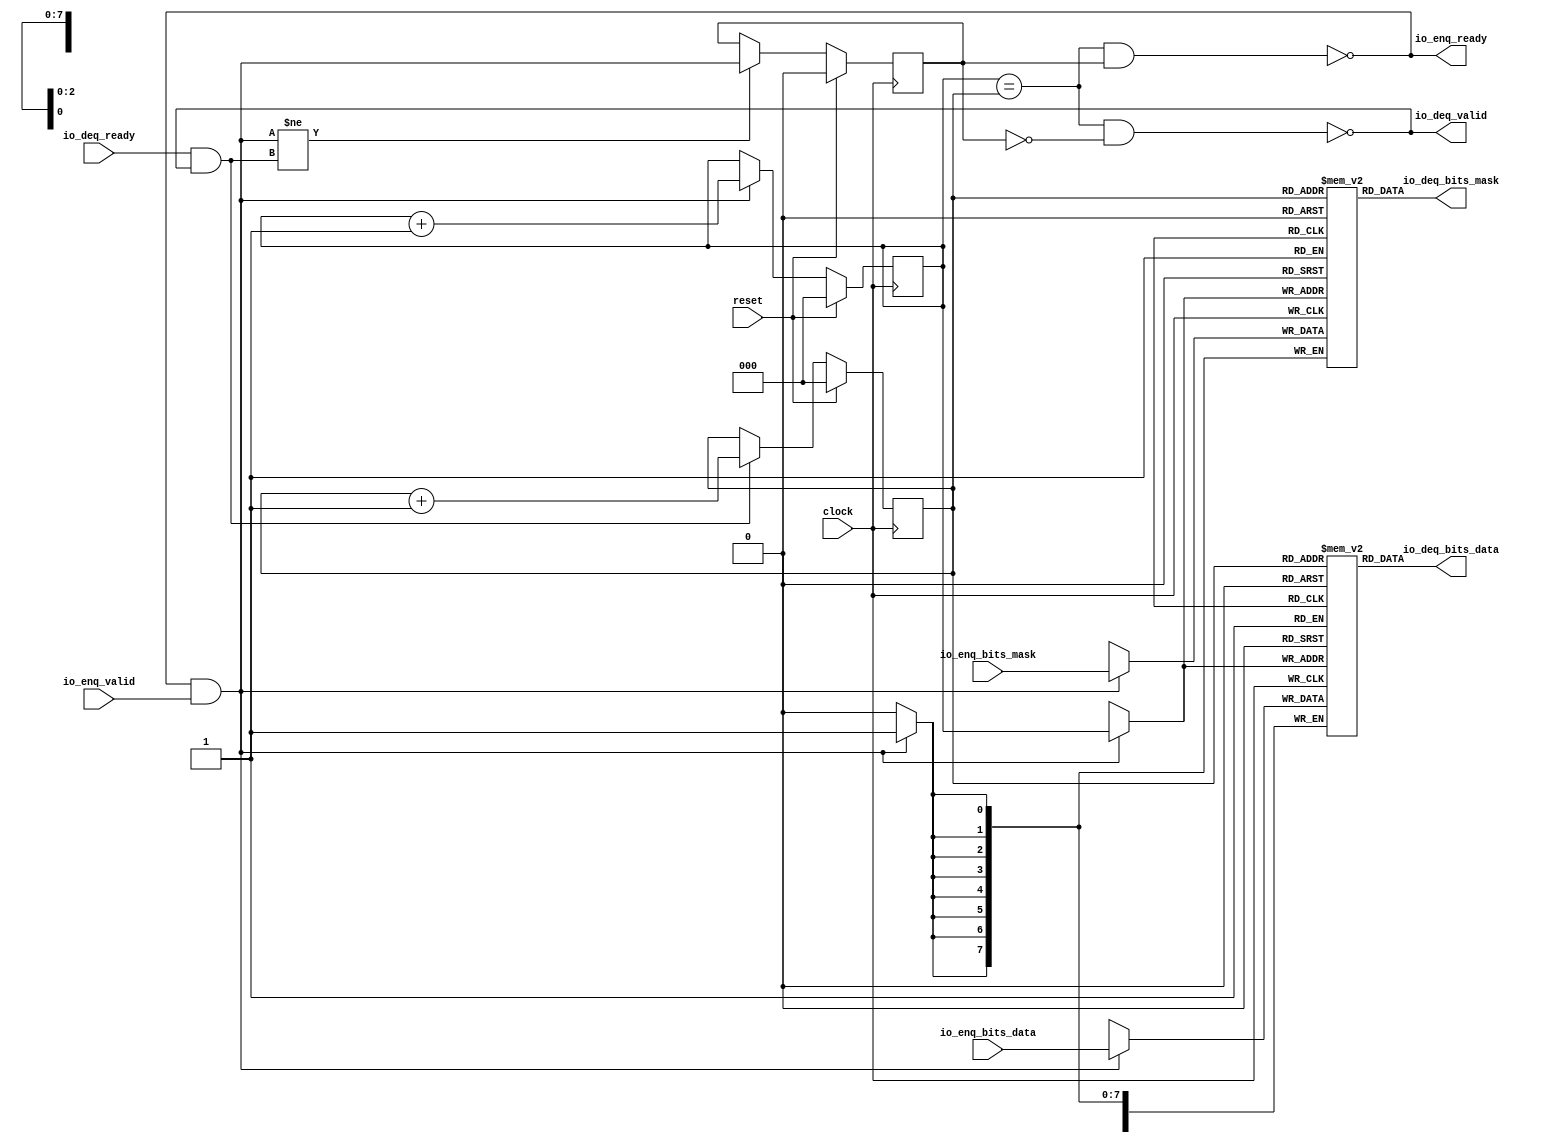
module Queue_28(
  input         clock,
  input         reset,
  output        io_enq_ready,
  input         io_enq_valid,
  input  [7:0]  io_enq_bits_mask,
  input  [63:0] io_enq_bits_data,
  input         io_deq_ready,
  output        io_deq_valid,
  output [7:0]  io_deq_bits_mask,
  output [63:0] io_deq_bits_data
);
`ifdef RANDOMIZE_MEM_INIT
  reg [31:0] _RAND_0;
  reg [63:0] _RAND_1;
`endif // RANDOMIZE_MEM_INIT
`ifdef RANDOMIZE_REG_INIT
  reg [31:0] _RAND_2;
  reg [31:0] _RAND_3;
  reg [31:0] _RAND_4;
`endif // RANDOMIZE_REG_INIT
  reg [7:0] ram_mask [0:7]; // @[Decoupled.scala 259:95]
  wire  ram_mask_io_deq_bits_MPORT_en; // @[Decoupled.scala 259:95]
  wire [2:0] ram_mask_io_deq_bits_MPORT_addr; // @[Decoupled.scala 259:95]
  wire [7:0] ram_mask_io_deq_bits_MPORT_data; // @[Decoupled.scala 259:95]
  wire [7:0] ram_mask_MPORT_data; // @[Decoupled.scala 259:95]
  wire [2:0] ram_mask_MPORT_addr; // @[Decoupled.scala 259:95]
  wire  ram_mask_MPORT_mask; // @[Decoupled.scala 259:95]
  wire  ram_mask_MPORT_en; // @[Decoupled.scala 259:95]
  reg [63:0] ram_data [0:7]; // @[Decoupled.scala 259:95]
  wire  ram_data_io_deq_bits_MPORT_en; // @[Decoupled.scala 259:95]
  wire [2:0] ram_data_io_deq_bits_MPORT_addr; // @[Decoupled.scala 259:95]
  wire [63:0] ram_data_io_deq_bits_MPORT_data; // @[Decoupled.scala 259:95]
  wire [63:0] ram_data_MPORT_data; // @[Decoupled.scala 259:95]
  wire [2:0] ram_data_MPORT_addr; // @[Decoupled.scala 259:95]
  wire  ram_data_MPORT_mask; // @[Decoupled.scala 259:95]
  wire  ram_data_MPORT_en; // @[Decoupled.scala 259:95]
  reg [2:0] value; // @[Counter.scala 62:40]
  reg [2:0] value_1; // @[Counter.scala 62:40]
  reg  maybe_full; // @[Decoupled.scala 262:27]
  wire  ptr_match = value == value_1; // @[Decoupled.scala 263:33]
  wire  empty = ptr_match & ~maybe_full; // @[Decoupled.scala 264:25]
  wire  full = ptr_match & maybe_full; // @[Decoupled.scala 265:24]
  wire  do_enq = io_enq_ready & io_enq_valid; // @[Decoupled.scala 50:35]
  wire  do_deq = io_deq_ready & io_deq_valid; // @[Decoupled.scala 50:35]
  wire [2:0] _value_T_1 = value + 3'h1; // @[Counter.scala 78:24]
  wire [2:0] _value_T_3 = value_1 + 3'h1; // @[Counter.scala 78:24]
  assign ram_mask_io_deq_bits_MPORT_en = 1'h1;
  assign ram_mask_io_deq_bits_MPORT_addr = value_1;
  assign ram_mask_io_deq_bits_MPORT_data = ram_mask[ram_mask_io_deq_bits_MPORT_addr]; // @[Decoupled.scala 259:95]
  assign ram_mask_MPORT_data = io_enq_bits_mask;
  assign ram_mask_MPORT_addr = value;
  assign ram_mask_MPORT_mask = 1'h1;
  assign ram_mask_MPORT_en = io_enq_ready & io_enq_valid;
  assign ram_data_io_deq_bits_MPORT_en = 1'h1;
  assign ram_data_io_deq_bits_MPORT_addr = value_1;
  assign ram_data_io_deq_bits_MPORT_data = ram_data[ram_data_io_deq_bits_MPORT_addr]; // @[Decoupled.scala 259:95]
  assign ram_data_MPORT_data = io_enq_bits_data;
  assign ram_data_MPORT_addr = value;
  assign ram_data_MPORT_mask = 1'h1;
  assign ram_data_MPORT_en = io_enq_ready & io_enq_valid;
  assign io_enq_ready = ~full; // @[Decoupled.scala 289:19]
  assign io_deq_valid = ~empty; // @[Decoupled.scala 288:19]
  assign io_deq_bits_mask = ram_mask_io_deq_bits_MPORT_data; // @[Decoupled.scala 296:17]
  assign io_deq_bits_data = ram_data_io_deq_bits_MPORT_data; // @[Decoupled.scala 296:17]
  always @(posedge clock) begin
    if (ram_mask_MPORT_en & ram_mask_MPORT_mask) begin
      ram_mask[ram_mask_MPORT_addr] <= ram_mask_MPORT_data; // @[Decoupled.scala 259:95]
    end
    if (ram_data_MPORT_en & ram_data_MPORT_mask) begin
      ram_data[ram_data_MPORT_addr] <= ram_data_MPORT_data; // @[Decoupled.scala 259:95]
    end
    if (reset) begin // @[Counter.scala 62:40]
      value <= 3'h0; // @[Counter.scala 62:40]
    end else if (do_enq) begin // @[Decoupled.scala 272:16]
      value <= _value_T_1; // @[Counter.scala 78:15]
    end
    if (reset) begin // @[Counter.scala 62:40]
      value_1 <= 3'h0; // @[Counter.scala 62:40]
    end else if (do_deq) begin // @[Decoupled.scala 276:16]
      value_1 <= _value_T_3; // @[Counter.scala 78:15]
    end
    if (reset) begin // @[Decoupled.scala 262:27]
      maybe_full <= 1'h0; // @[Decoupled.scala 262:27]
    end else if (do_enq != do_deq) begin // @[Decoupled.scala 279:27]
      maybe_full <= do_enq; // @[Decoupled.scala 280:16]
    end
  end
// Register and memory initialization
`ifdef RANDOMIZE_GARBAGE_ASSIGN
`define RANDOMIZE
`endif
`ifdef RANDOMIZE_INVALID_ASSIGN
`define RANDOMIZE
`endif
`ifdef RANDOMIZE_REG_INIT
`define RANDOMIZE
`endif
`ifdef RANDOMIZE_MEM_INIT
`define RANDOMIZE
`endif
`ifndef RANDOM
`define RANDOM $random
`endif
`ifdef RANDOMIZE_MEM_INIT
  integer initvar;
`endif
`ifndef SYNTHESIS
`ifdef FIRRTL_BEFORE_INITIAL
`FIRRTL_BEFORE_INITIAL
`endif
initial begin
  `ifdef RANDOMIZE
    `ifdef INIT_RANDOM
      `INIT_RANDOM
    `endif
    `ifndef VERILATOR
      `ifdef RANDOMIZE_DELAY
        #`RANDOMIZE_DELAY begin end
      `else
        #0.002 begin end
      `endif
    `endif
`ifdef RANDOMIZE_MEM_INIT
  _RAND_0 = {1{`RANDOM}};
  for (initvar = 0; initvar < 8; initvar = initvar+1)
    ram_mask[initvar] = _RAND_0[7:0];
  _RAND_1 = {2{`RANDOM}};
  for (initvar = 0; initvar < 8; initvar = initvar+1)
    ram_data[initvar] = _RAND_1[63:0];
`endif // RANDOMIZE_MEM_INIT
`ifdef RANDOMIZE_REG_INIT
  _RAND_2 = {1{`RANDOM}};
  value = _RAND_2[2:0];
  _RAND_3 = {1{`RANDOM}};
  value_1 = _RAND_3[2:0];
  _RAND_4 = {1{`RANDOM}};
  maybe_full = _RAND_4[0:0];
`endif // RANDOMIZE_REG_INIT
  `endif // RANDOMIZE
end // initial
`ifdef FIRRTL_AFTER_INITIAL
`FIRRTL_AFTER_INITIAL
`endif
`endif // SYNTHESIS
endmodule